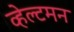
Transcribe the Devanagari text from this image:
व्हेल्टमन